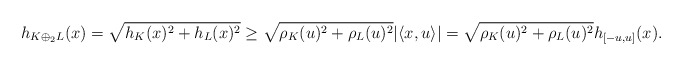
\begin{align*}h_{K\oplus_2L}(x)=\sqrt{h_K(x)^2+h_L(x)^2}\ge \sqrt{\rho_K(u)^2+\rho_L(u)^2}|\langle x,u\rangle|=\sqrt{\rho_K(u)^2+\rho_L(u)^2}h_{[-u,u]}(x).\end{align*}